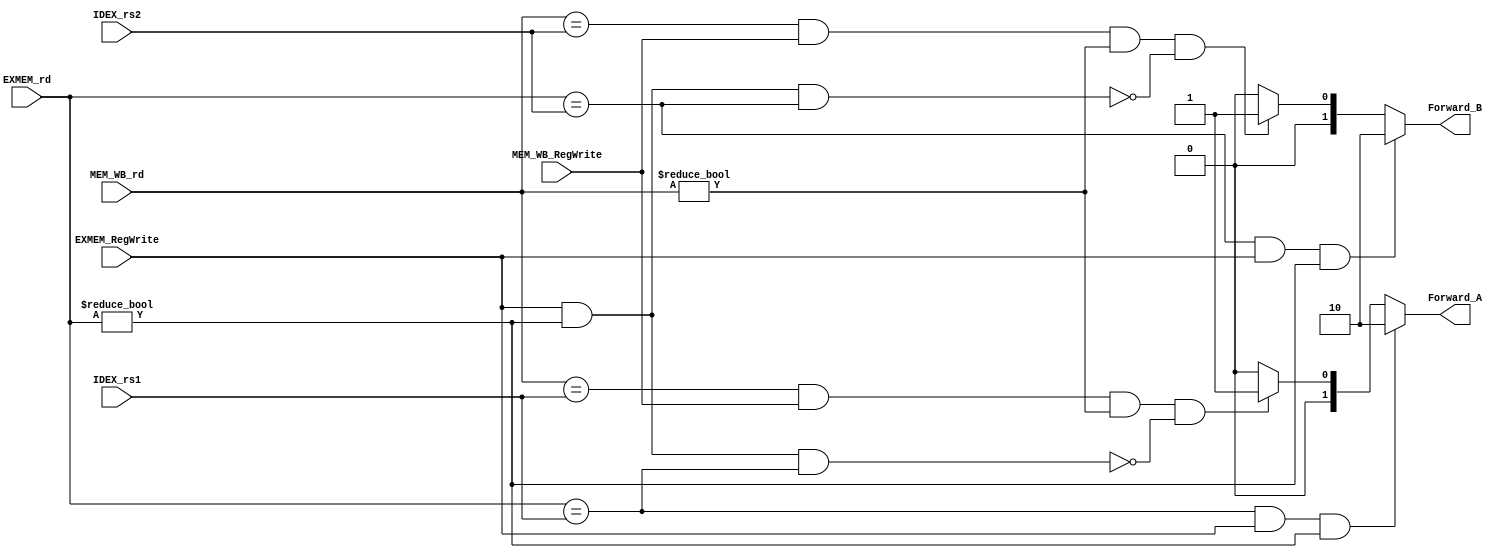
`timescale 1ns / 1ps
//////////////////////////////////////////////////////////////////////////////////
// Company: 
// Engineer: 
// 
// Design Name: 
// Module Name: Forwarding_Unit
// Project Name: 
// Target Devices: 
// Tool Versions: 
// Description: 
// 
// Dependencies: 
// 
// Revision:
// Revision 0.01 - File Created
// Additional Comments:
// 
//////////////////////////////////////////////////////////////////////////////////


module Forward_Unit(
  input [4:0] IDEX_rs1,
  input [4:0] IDEX_rs2,
  input [4:0] EXMEM_rd,
  input EXMEM_RegWrite,
  input [4:0] MEM_WB_rd,
  input MEM_WB_RegWrite,
  
  output reg [1:0] Forward_A, Forward_B
);
always @(*) begin
      
      
                       //Forward A
      
      //1a. EX/MEM.RegisterRd == ID/EX.RegisterRs1
      if ((EXMEM_rd == IDEX_rs1) && (EXMEM_RegWrite == 1) && (EXMEM_rd != 0))

		Forward_A = 2'b10;   //ForwardA = 10
      
		
	  //2a. MEM/WB.RegisterRd == ID/EX.RegisterRs1
      else if ((MEM_WB_rd == IDEX_rs1) && (MEM_WB_RegWrite == 1) && (MEM_WB_rd != 0) && !(EXMEM_RegWrite == 1 && EXMEM_rd != 0 && EXMEM_rd == IDEX_rs1))
        
		Forward_A = 2'b01;  //ForwardA = 01
      
      
      else
        Forward_A = 2'b00; //ForwardA = 00
    				//Forward B

		
      //1b. EX/MEM.RegisterRd == ID/EX.RegisterRs2
      if ((EXMEM_rd == IDEX_rs2) && (EXMEM_RegWrite == 1) && (EXMEM_rd != 0))

		Forward_B = 2'b10;   //ForwardB = 10
		
      //2b. MEM/WB.RegisterRd == ID/EX.RegisterRs2
      else if ((MEM_WB_rd == IDEX_rs2) && (MEM_WB_RegWrite == 1) && (MEM_WB_rd != 0) &&!(EXMEM_RegWrite == 1 && EXMEM_rd != 0 && EXMEM_rd == IDEX_rs2))
        
		Forward_B = 2'b01;  //ForwardB = 01
      
      
      else
        Forward_B = 2'b00; //ForwardB = 00
    
    
    end
endmodule